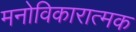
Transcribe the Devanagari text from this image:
मनोविकारात्मक